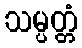
သမ္ပတ္တံ